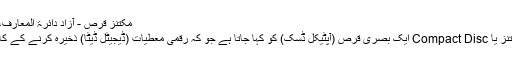
مکتنز قرص - آزاد دائرۃ المعارف، ویکیپیڈیا
قرص مکتنز یا Compact Disc ایک بصری قرص (آپٹیکل ڈسک) کو کہا جاتا ہے جو کہ رقمی معطیات (ڈیجیٹل ڈیٹا) ذخیرہ کرنے کے کام آتی ہے۔